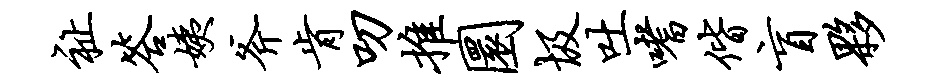
祉答姨斧肯叨推圜圾吐嗜偕盲夥